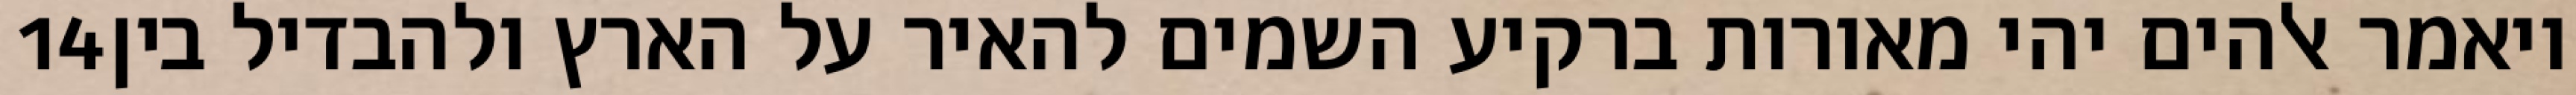
‎14‏ ויאמר אלהים יהי מאורות ברקיע השמים להאיר על הארץ ולהבדיל בין